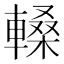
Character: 䡦